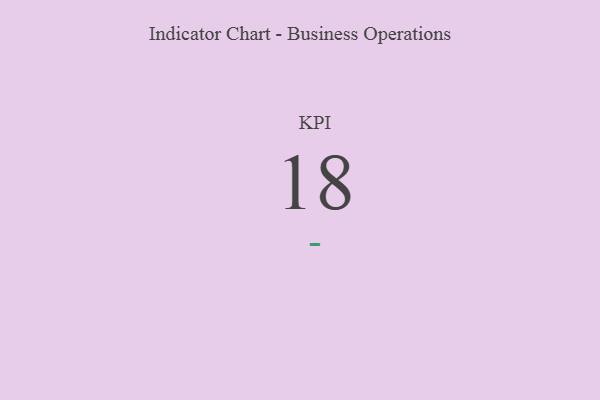
{"axis": {"x": "KPI", "y": "Value"}, "legend": [""], "data": [{"x": "KPI", "y": 18, "type": ""}]}